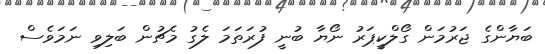
ބަޔާންގެ ޖަރުމަން ގޯލްކީޕަރު ނޯޔާ ބުނީ ފުރަތަމަ ލެގު މެޗުން ބަލިވި ނަމަވެސް